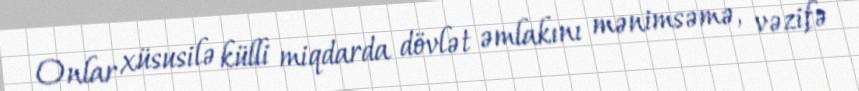
Onlar xüsusilə külli miqdarda dövlət əmlakını mənimsəmə, vəzifə